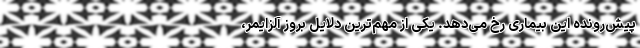
پیش‌رونده این بیماری رخ می‌دهد. یکی از مهم‌ترین دلایل بروز آلزایمر،